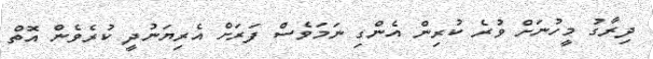
ދިރާގު މީހުނަށް ވުރެ ކުރިން އެންގި ނަމަވެސް ފަރަށް އެރިޔަނުދީ ކުރެވެން އޮތް